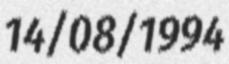
14/08/1994